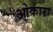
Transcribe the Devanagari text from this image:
ओकारा